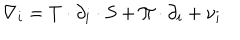
\nabla _ { i } = T \cdot \partial _ { i } \cdot S + \Pi \cdot \partial _ { i } + \nu _ { i }